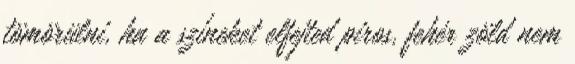
tömörülni, ha a színeket elfejted piros, fehér zöld nem